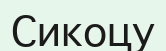
Сикоцу